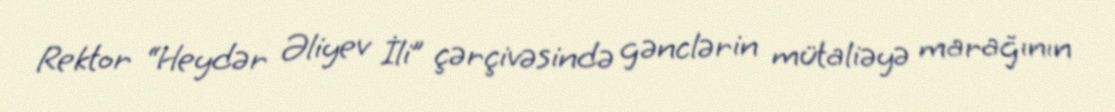
Rektor “Heydər Əliyev İli” çərçivəsində gənclərin mütaliəyə marağının